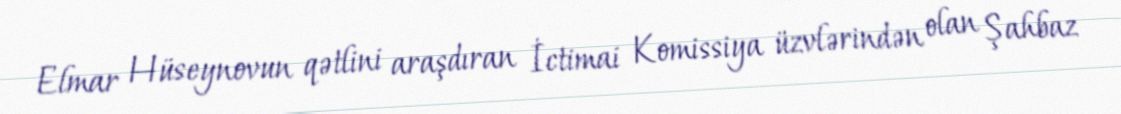
Elmar Hüseynovun qətlini araşdıran İctimai Komissiya üzvlərindən olan Şahbaz